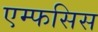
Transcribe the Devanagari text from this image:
एम्फसिस